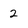
Character: 2